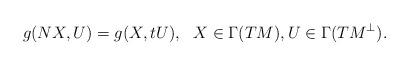
LaTeX: \begin{align*}g(NX,U)=g(X,tU), \ \ X\in \Gamma(TM), U\in \Gamma(TM^{\perp}).\end{align*}